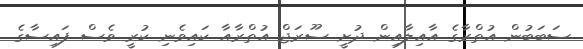
ސަބަބުން އުތްރާގެ އާއިލާއިން ދުށީ ސޫރަޖް އުތްރާއާ ކައިވެނި ކުރީ ވެސް ފައިސާގެ